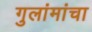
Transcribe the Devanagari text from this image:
गुलांमांचा